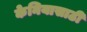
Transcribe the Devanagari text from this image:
केनियासाठी